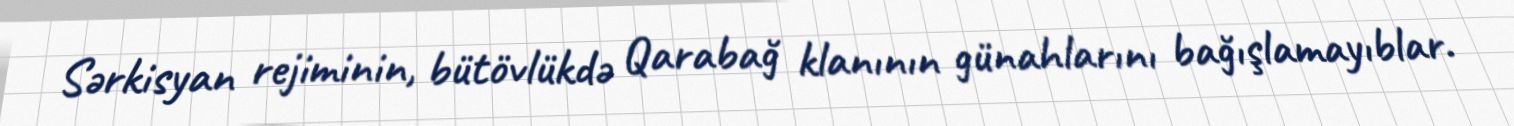
Sərkisyan rejiminin, bütövlükdə Qarabağ klanının günahlarını bağışlamayıblar.